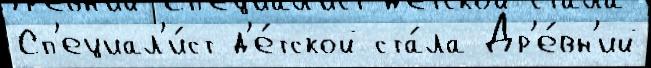
Сп'ециал'и́ст д'е́тской ста́ла Др'е́вн'ий